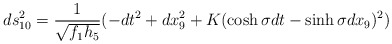
\begin{align*}ds_{10}^2 = \frac{1}{\sqrt{f_1 h_5}} ( -dt^2 + dx_9^2 + K (\cosh \sigma dt - \sinh \sigma dx_9) ^2 ) \end{align*}